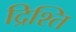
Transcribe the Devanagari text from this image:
द्रिश्ति